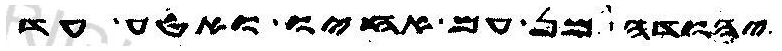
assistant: יהודה מן עם אחיו ואטע עד